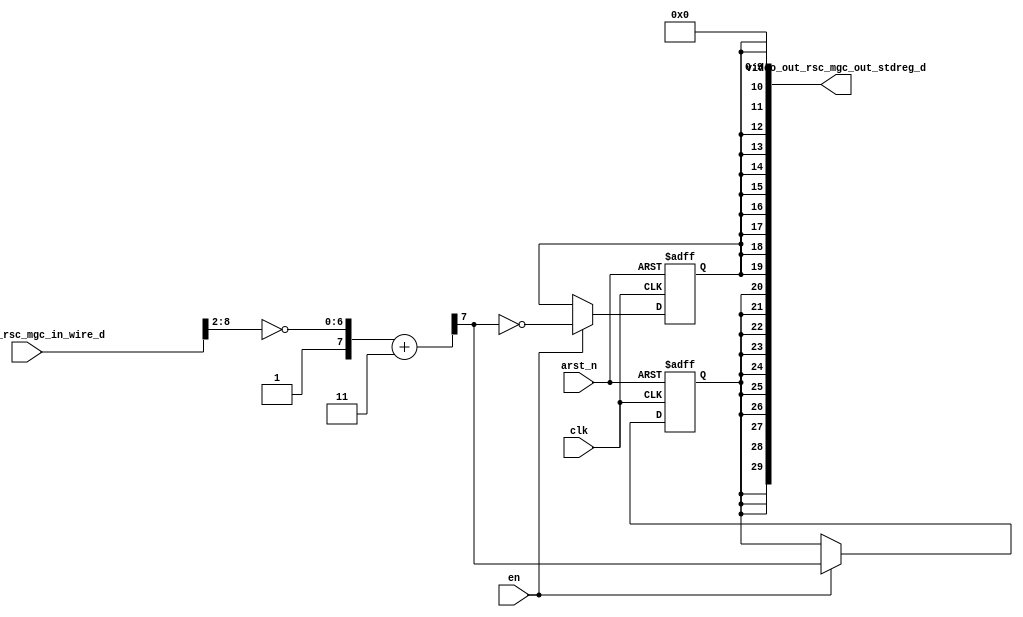
module red_tint_core (
  clk, en, arst_n, video_out_rsc_mgc_out_stdreg_d, mouse_xy_rsc_mgc_in_wire_d
);
  input clk;
  input en;
  input arst_n;
  output [29:0] video_out_rsc_mgc_out_stdreg_d;
  input [19:0] mouse_xy_rsc_mgc_in_wire_d;


  // Interconnect Declarations
  reg reg_video_out_rsc_mgc_out_stdreg_d_reg;
  reg reg_video_out_rsc_mgc_out_stdreg_d_1_reg;
  wire [7:0] if_acc_itm;
  wire [8:0] nl_if_acc_itm;


  // Interconnect Declarations for Component Instantiations 
  assign video_out_rsc_mgc_out_stdreg_d = {({{9{reg_video_out_rsc_mgc_out_stdreg_d_reg}},
      reg_video_out_rsc_mgc_out_stdreg_d_reg}) , ({{9{reg_video_out_rsc_mgc_out_stdreg_d_1_reg}},
      reg_video_out_rsc_mgc_out_stdreg_d_1_reg}) , 10'b0};
  assign nl_if_acc_itm = ({1'b1 , (~ (mouse_xy_rsc_mgc_in_wire_d[8:2]))}) + 8'b11;
  assign if_acc_itm = nl_if_acc_itm[7:0];
  always @(posedge clk or negedge arst_n) begin
    if ( ~ arst_n ) begin
      reg_video_out_rsc_mgc_out_stdreg_d_reg <= 1'b0;
      reg_video_out_rsc_mgc_out_stdreg_d_1_reg <= 1'b0;
    end
    else begin
      if ( en ) begin
        reg_video_out_rsc_mgc_out_stdreg_d_reg <= if_acc_itm[7];
        reg_video_out_rsc_mgc_out_stdreg_d_1_reg <= ~ (if_acc_itm[7]);
      end
    end
  end
endmodule
module red_tint (
  video_out_rsc_z, mouse_xy_rsc_z, clk, en, arst_n
);
  output [29:0] video_out_rsc_z;
  input [19:0] mouse_xy_rsc_z;
  input clk;
  input en;
  input arst_n;


  // Interconnect Declarations
  wire [29:0] video_out_rsc_mgc_out_stdreg_d;
  wire [19:0] mouse_xy_rsc_mgc_in_wire_d;


  // Interconnect Declarations for Component Instantiations 
  mgc_out_stdreg #(.rscid(2),
  .width(30)) video_out_rsc_mgc_out_stdreg (
      .d(video_out_rsc_mgc_out_stdreg_d),
      .z(video_out_rsc_z)
    );
  mgc_in_wire #(.rscid(3),
  .width(20)) mouse_xy_rsc_mgc_in_wire (
      .d(mouse_xy_rsc_mgc_in_wire_d),
      .z(mouse_xy_rsc_z)
    );
  red_tint_core red_tint_core_inst (
      .clk(clk),
      .en(en),
      .arst_n(arst_n),
      .video_out_rsc_mgc_out_stdreg_d(video_out_rsc_mgc_out_stdreg_d),
      .mouse_xy_rsc_mgc_in_wire_d(mouse_xy_rsc_mgc_in_wire_d)
    );
endmodule